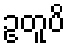
ဥတူပိ